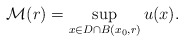
\begin{align*}\mathcal{M}(r) = \sup_{x\in D\cap B(x_0,r)}u(x).\end{align*}